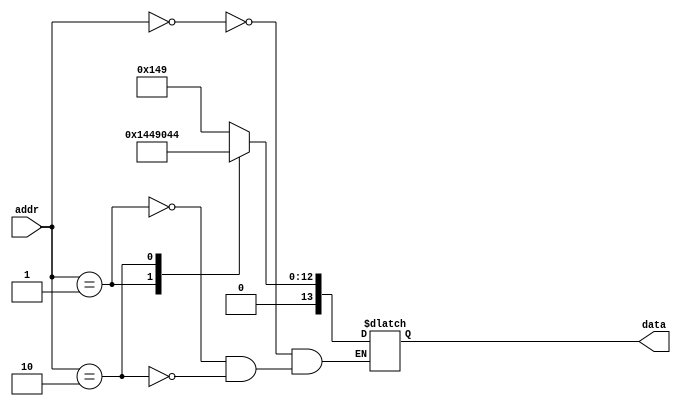
module rom(
    input [7:0] addr,
    output reg [13:0] data
);
    always @(*)
    begin
        case (addr)
            8'b0000000: data = 14'b00000101001001; //add-load state
            8'b0000001: data = 14'b00101000100100; //and-store state
            8'b0000010: data = 14'b01000001000100; //mov
        endcase
    end
endmodule